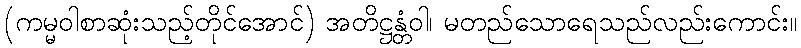
(ကမ္မဝါစာဆုံးသည့်တိုင်အောင်) အတိဋ္ဌန္တံဝါ၊ မတည်သောရေသည်လည်းကောင်း။